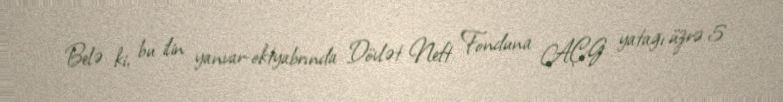
Belə ki, bu ilin yanvar-oktyabrında Dövlət Neft Fonduna AÇG yatağı üzrə 5